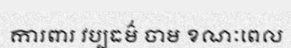
ការពារ វប្បធម៌ ចាម ខណៈពេល